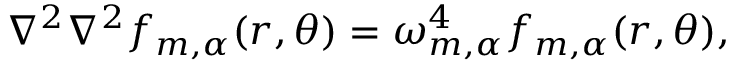
\nabla ^ { 2 } \nabla ^ { 2 } f _ { m , \alpha } ( r , \theta ) = \omega _ { m , \alpha } ^ { 4 } f _ { m , \alpha } ( r , \theta ) ,